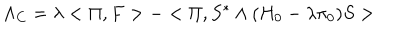
LaTeX: \Lambda _ { C } = \lambda < \Pi , F > - < \Pi , S ^ { * } \wedge ( H _ { 0 } - \lambda \pi _ { 0 } ) S >